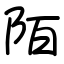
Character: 陌